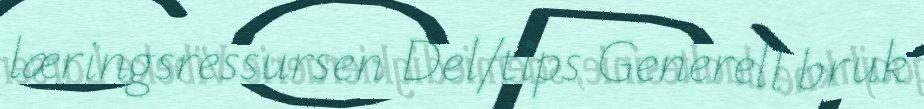
læringsressursen Del/tips Generell bruk